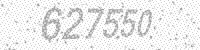
Solution: 627550